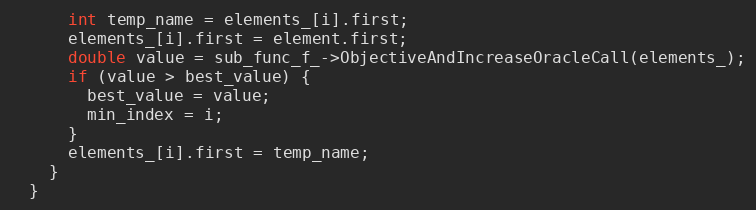
Language: C++
      int temp_name = elements_[i].first;
      elements_[i].first = element.first;
      double value = sub_func_f_->ObjectiveAndIncreaseOracleCall(elements_);
      if (value > best_value) {
        best_value = value;
        min_index = i;
      }
      elements_[i].first = temp_name;
    }
  }